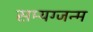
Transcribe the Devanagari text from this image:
सम्यग्जन्म